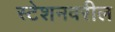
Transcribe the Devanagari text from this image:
स्टेशनवरील